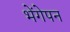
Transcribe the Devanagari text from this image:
भेंगेपन